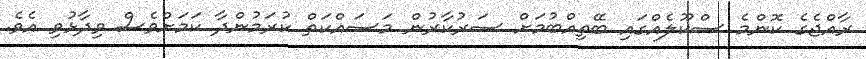
ރާއްޖެގެ ކޮންމެ ސްކޫލެއްގައި ބޭތިއްބުމަށް ސަރުކާރުން މަސައްކަތް ކުރަމުންދާ ކަމަަށްވެސް ވިދާޅުވި އެވެ.